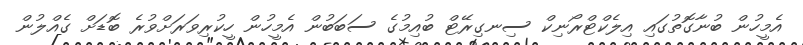
އެމީހުން ބުނާގޮތުގައި އިލެކްޓްރޯނިކް ސިނގިރޭޓް ބުއިމުގެ ސަބަބުން އެމީހުން ހީކުރިވަަރަށްވުރެ ބޮޑަށް ގެއްލުން